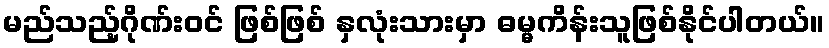
မည်သည့်ဂိုဏ်းဝင် ဖြစ်ဖြစ် နှလုံးသားမှာ ဓမ္မကိန်းသူဖြစ်နိုင်ပါတယ်။